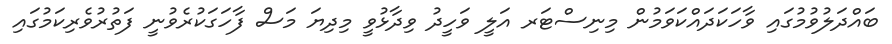
ބައްދަލުވުމުގައި ވާހަކަދައްކަވަމުން މިނިސްޓަރ އަލީ ވަހީދު ވިދާޅުވީ މިދިޔަ މަސް ފާހަގަކުރެވުނީ ފަތުރުވެރިކަމުގައި